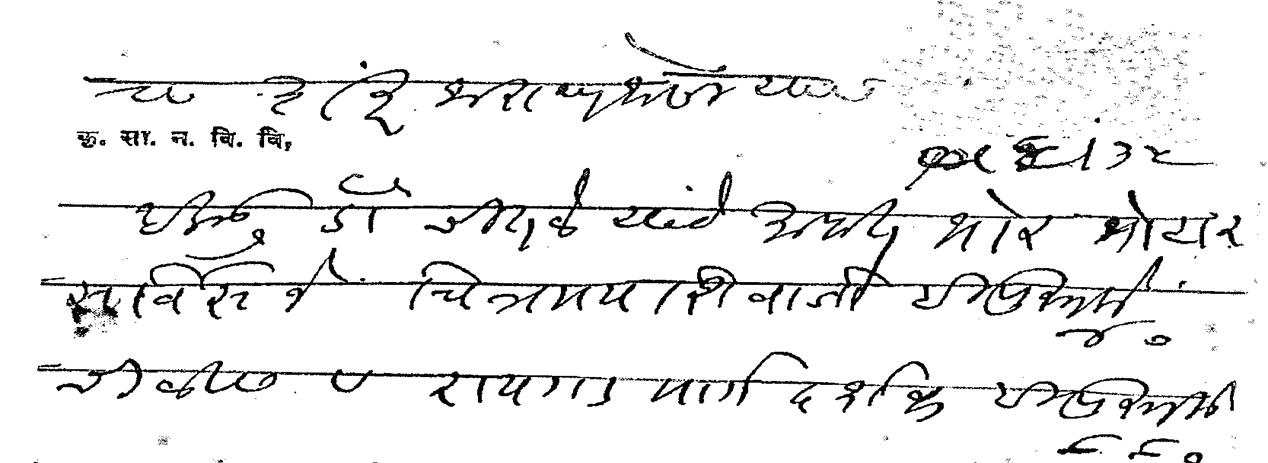
Transliteration (Devanagari): रा शंकर नारायण जोसी यास इकडू डॉ चितळे यांचेमार्फत भोर मोटार सर्विसने चित्रमय शिवाजी ही पुस्तके ४० चाळीस व रायगड मार्गदर्शक ही पुस्तके ८८०